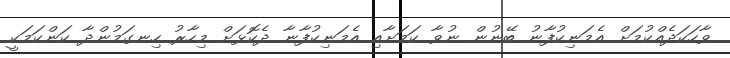
ވާހަކަދެއްކުމަށް އެމަނިކުފާނު ބޭނުން ނުވާ ކަމަށާއި އެމަނިކުފާނާ ދެކޮޅަށް މިހާރު ހިނގަމުންދާ ކަންކަމަކީ